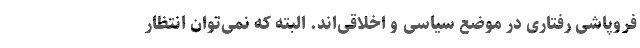
فروپاشی رفتاری در موضع سیاسی و اخلاقی‌اند. البته که نمی‌توان انتظار